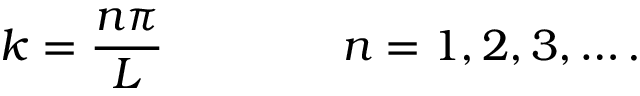
k = { \frac { n \pi } { L } } \qquad \qquad n = 1 , 2 , 3 , \ldots .